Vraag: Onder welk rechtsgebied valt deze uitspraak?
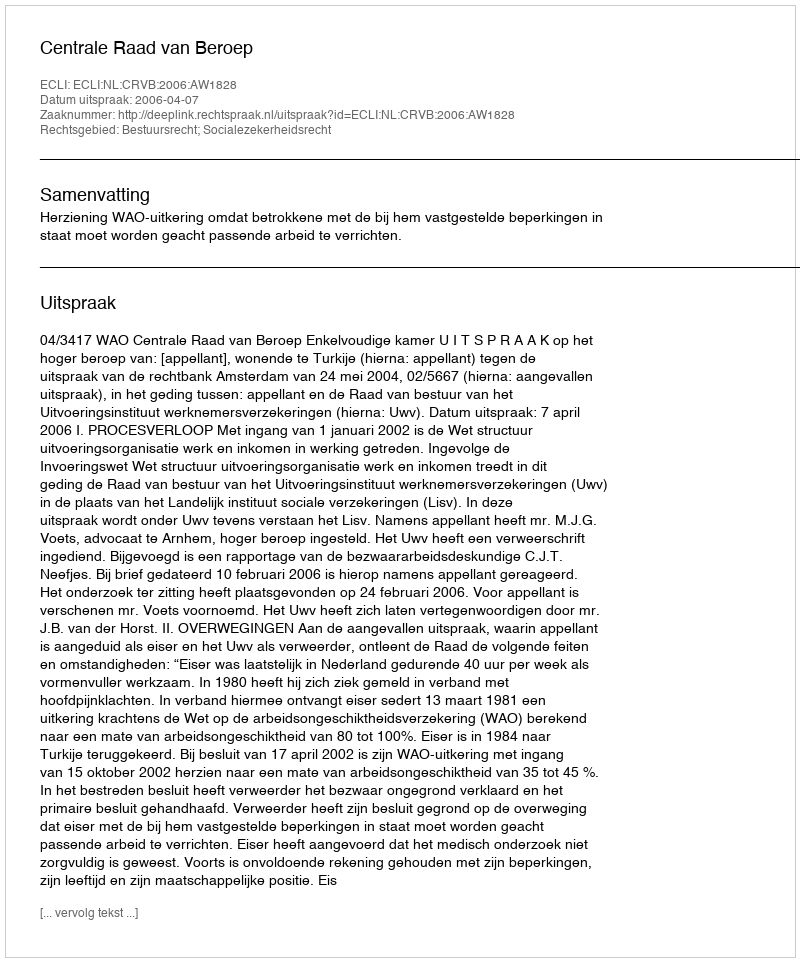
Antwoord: Bestuursrecht; Socialezekerheidsrecht